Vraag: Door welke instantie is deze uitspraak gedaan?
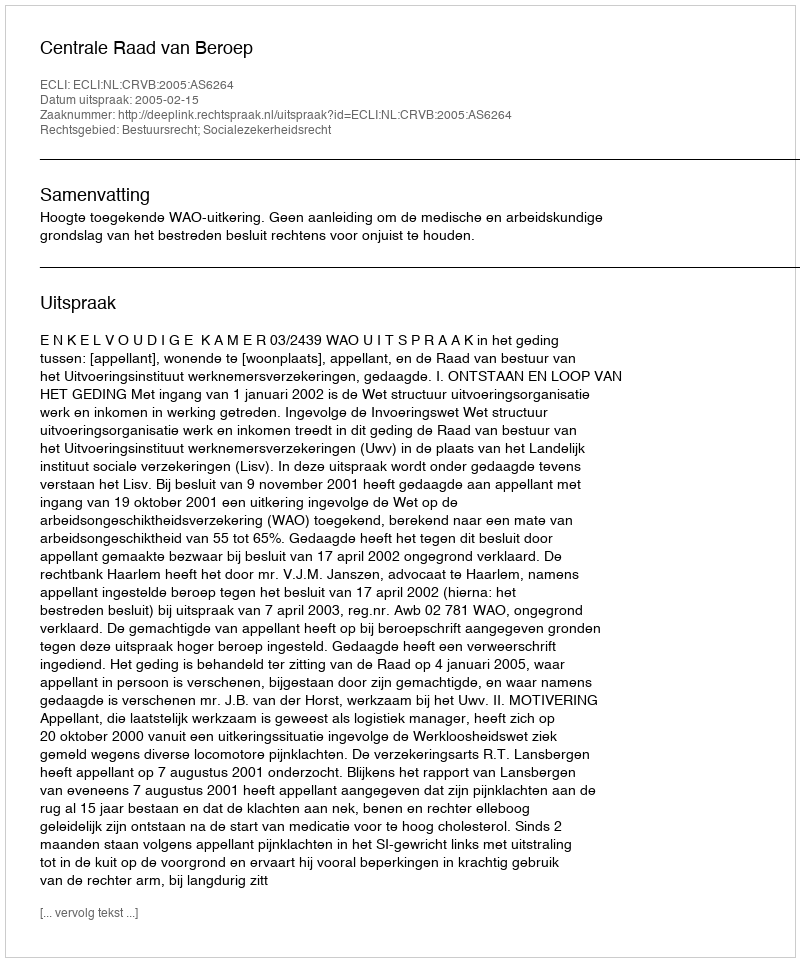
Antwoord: Centrale Raad van Beroep